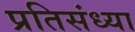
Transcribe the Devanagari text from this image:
प्रतिसंध्या